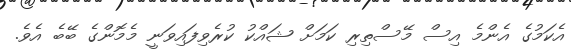
އެކަމުގެ އެންމެ އިސް މޭސްތިރި ކަމަށް ޝައްކު ކުރެވިފައިވަނީ މެމޮންގެ ބޭބެ އެވެ.